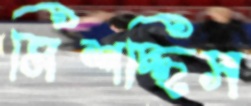
মিশচ্ছিস